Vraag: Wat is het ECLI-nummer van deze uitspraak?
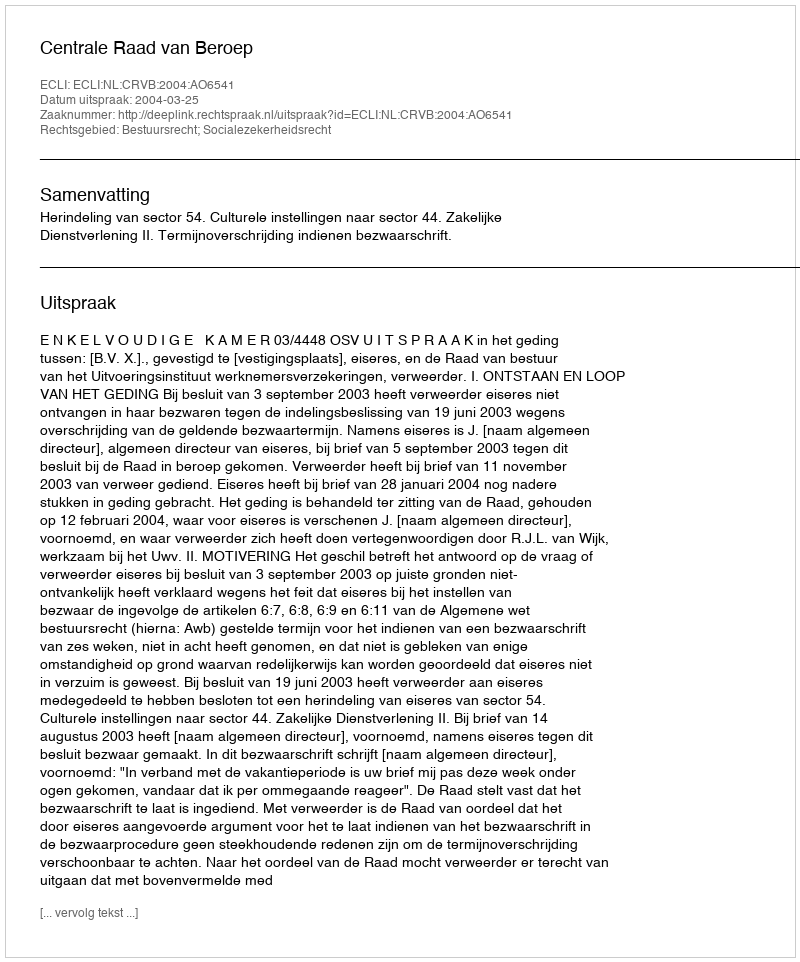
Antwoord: ECLI:NL:CRVB:2004:AO6541